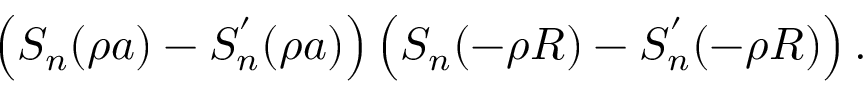
\left( S _ { n } ( \rho a ) - S _ { n } ^ { ' } ( \rho a ) \right) \left( S _ { n } ( - \rho R ) - S _ { n } ^ { ' } ( - \rho R ) \right) .